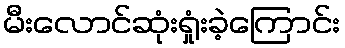
မီးလောင်ဆုံးရှုံးခဲ့ကြောင်း